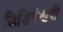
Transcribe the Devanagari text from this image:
डिडिनेश्वरी